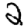
Digit: 2